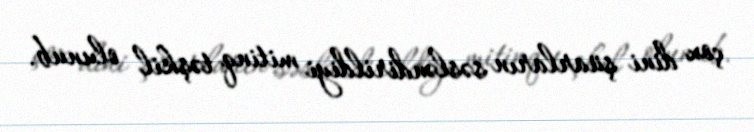
çox dini şüarların səsləndirildiyi mitinq təşkil olunub.